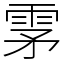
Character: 雺